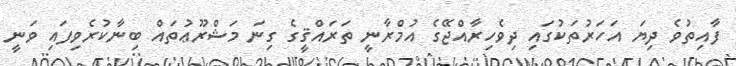
ފާއިތުވެ ދިޔަ އަހަރުތަކުގައި ދިވެހިރާއްޖޭގެ އުމްރާނީ ތަރައްޤީގެ ގިނަ މަޝްރޫޢުތައް ބިނާކުރެވިފައި ވަނީ